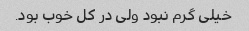
خیلی گرم نبود ولی در کل خوب بود.